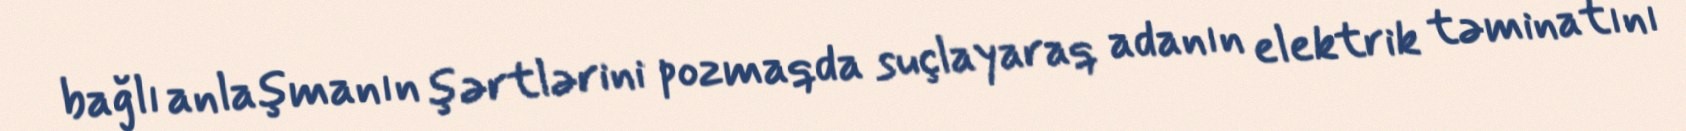
bağlı anlaşmanın şərtlərini pozmaqda suçlayaraq adanın elektrik təminatını